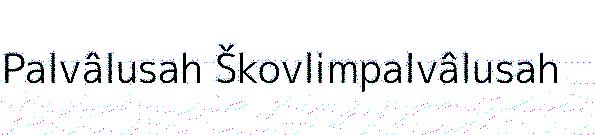
Palvâlusah Škovlimpalvâlusah